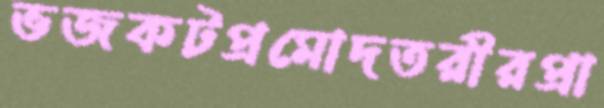
ভজকটপ্রমোদতরীরপ্রা